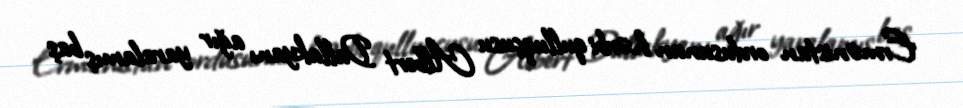
Ermənistan ordusunun hərbi qulluqçusu Albert Dallakyanı ağır yaralamış baş